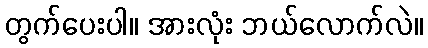
တွက်ပေးပါ။ အားလုံး ဘယ်လောက်လဲ။